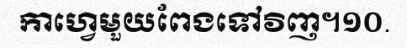
កាហ្វេមួយពែងទៅវិញ។១០.